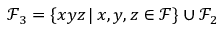
\mathcal { F } _ { 3 } = \{ x y z \, \vert \, x , y , z \in \mathcal { F } \} \cup \mathcal { F } _ { 2 }